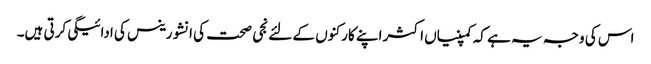
اس کی وجہ یہ ہے کہ کمپنیاں اکثر اپنے کارکنوں کے لئے نجی صحت کی انشورینس کی ادائیگی کرتی ہیں۔